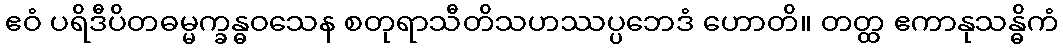
ဧဝံ ပရိဒီပိတဓမ္မက္ခန္ဓဝသေန စတုရာသီတိသဟဿပ္ပဘေဒံ ဟောတိ။ တတ္ထ ဧကာနုသန္ဓိကံ